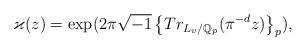
LaTeX: \begin{align*}\varkappa(z)=\exp(2\pi\sqrt{-1}\left\{ Tr_{L_v/\mathbb{Q}_{p}}(\pi^{-d}z)\right\} _{p}),\end{align*}